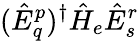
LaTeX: (\hat{E}_{q}^{p})^{\dagger}\hat{H}_{e}\hat{E}_{s}^{r}